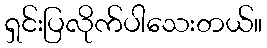
ရှင်းပြလိုက်ပါသေးတယ်။